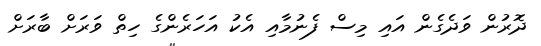
ދޮރުން ވަދެގެން އައި މިސް ފެނުމާއި އެކު އަހަރެންގެ ހިތް ވަރަށް ބާރަށް